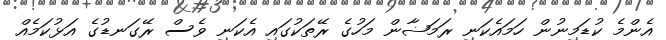
އެންމެ ކުޑަމިނުން ހަމައެކަނި ރަމަޟާން މަހުގެ ރޭތަކުގައި އެކަނި ވެސް ރޭގަނޑުގެ އަޅުކަމެއް